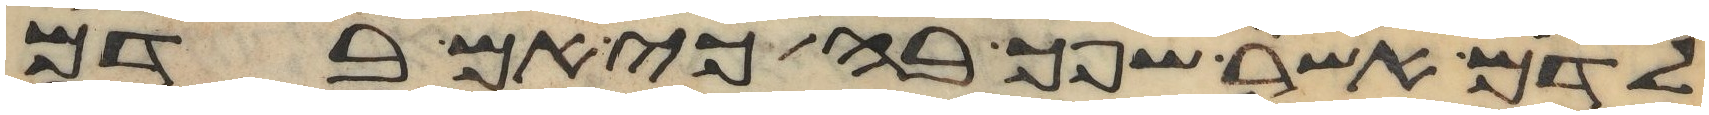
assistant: לדם אשר שפך בה כי אם בדם